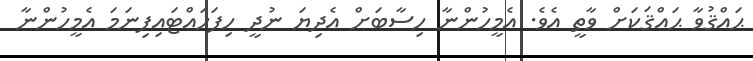
ޙައްޤުވާ ޙައްޤަކަށް ވާތީ އެވެ. އެމީހުންނާ ހިސާބަށް އެދިޔަ ނުދީ ހިފަހައްޓައިފިނަމަ އެމީހުންނާ